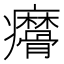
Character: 𤼑